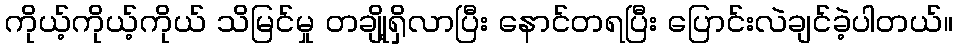
ကိုယ့်ကိုယ့်ကိုယ် သိမြင်မှု တချို့ရှိလာပြီး နောင်တရပြီး ပြောင်းလဲချင်ခဲ့ပါတယ်။